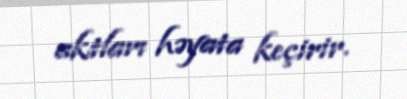
aktları həyata keçirir.